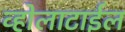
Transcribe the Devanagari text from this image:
व्होलाटाईल